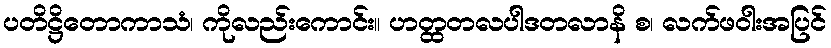
ပတိဋ္ဌိတောကာသံ၊ ကိုလည်းကောင်း။ ဟတ္ထတလပါဒတလာနိ စ၊ လက်ဖဝါးအပြင်